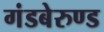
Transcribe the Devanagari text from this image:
गंडबेरुण्ड